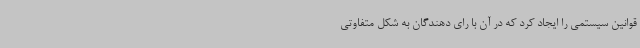
قوانین سیستمی را ایجاد کرد که در آن با رای دهندگان به شکل متفاوتی